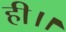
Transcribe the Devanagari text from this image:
ही।।